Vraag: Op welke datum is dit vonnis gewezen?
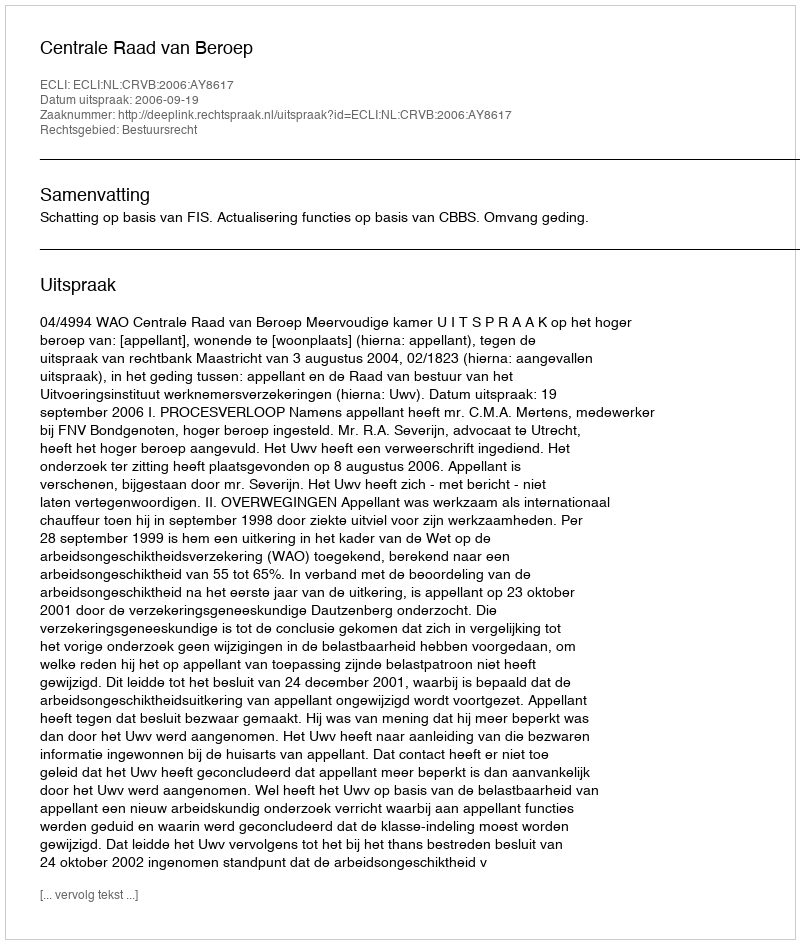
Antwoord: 2006-09-19